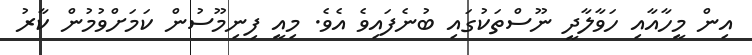
އިން މީހާއާއި ހަވާލާދީ ނޫސްތަކުގައި ބުނެފައިވެ އެވެ. މިއީ ފިނިމޫސުން ކަމަށްވުމުން ކާރު